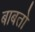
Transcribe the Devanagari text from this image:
बाबतो